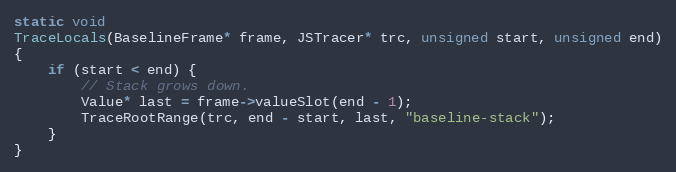
Language: C++
static void
TraceLocals(BaselineFrame* frame, JSTracer* trc, unsigned start, unsigned end)
{
    if (start < end) {
        // Stack grows down.
        Value* last = frame->valueSlot(end - 1);
        TraceRootRange(trc, end - start, last, "baseline-stack");
    }
}